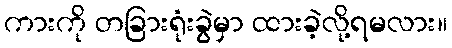
ကားကို တခြားရုံးခွဲမှာ ထားခဲ့လို့ရမလား။